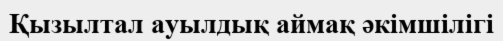
Қызылтал ауылдық аймақ әкімшілігі